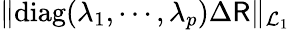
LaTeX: \| \mathrm{diag}(\lambda_{1},\cdots,\lambda_{p})\Delta{\sf R}\| _{\mathcal{L}_{1}}